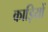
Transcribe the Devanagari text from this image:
काड़ियों